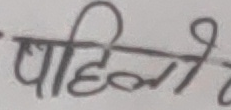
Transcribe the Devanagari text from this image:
पहिलो